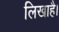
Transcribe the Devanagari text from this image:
लिखाहै।